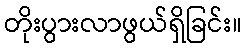
တိုးပွားလာဖွယ်ရှိခြင်း။